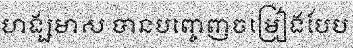
ហង្សមាស បានបញ្ចេញចម្រៀងបែប